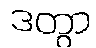
ဒတွာ